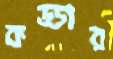
কড্ডার